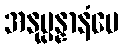
အနုပ္ပန္နာနံပေ